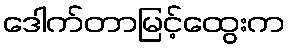
ဒေါက်တာမြင့်ထွေးက